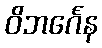
ဝိဘင်္ဂေန